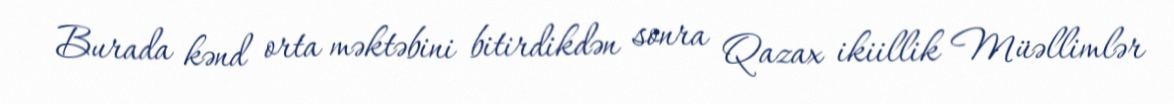
Burada kənd orta məktəbini bitirdikdən sonra Qazax ikiillik Müəllimlər